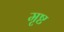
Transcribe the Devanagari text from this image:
मृष्ट